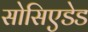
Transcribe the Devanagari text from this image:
सोसिएडेड